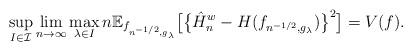
LaTeX: \begin{align*}\sup_{I \in \mathcal{I}} \lim_{n \rightarrow \infty} \max_{\lambda \in I} n \mathbb{E}_{f_{n^{-1/2},g_\lambda}} \bigl[\bigl\{\hat{H}_n^w - H(f_{n^{-1/2},g_\lambda})\bigr\}^2\bigr] = V(f).\end{align*}